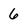
Character: 6